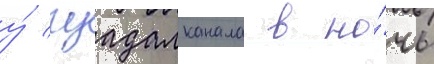
у́ гуадалканала в но́чь